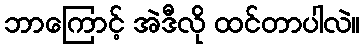
ဘာကြောင့် အဲဒီလို ထင်တာပါလဲ။